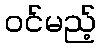
ဝင်မည့်